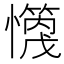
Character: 𪬻